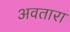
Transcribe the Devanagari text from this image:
अवतारा